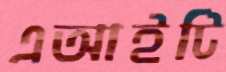
এআইটি